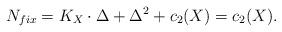
LaTeX: \begin{align*}N_{fix}=K_X\cdot \Delta +\Delta^2 +c_2(X)=c_2(X).\end{align*}